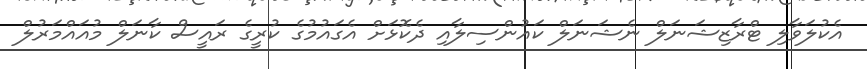
އެކުލަވާލި ޓްރާޒިޝަނަލް ނެޝަނަލް ކައުންސިލާއި ދެކޮޅަށް އެގައުމުގެ ކުރީގެ ރައީސް ކާނަލް މުއައްމަރުލް